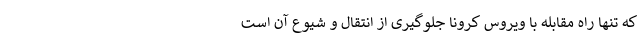
که تنها راه مقابله با ویروس کرونا جلوگیری از انتقال و شیوع آن است